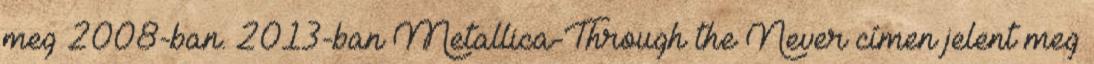
meg 2008-ban. 2013-ban Metallica-Through the Never címen jelent meg